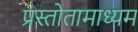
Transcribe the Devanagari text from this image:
प्रस्तोतामाध्यम